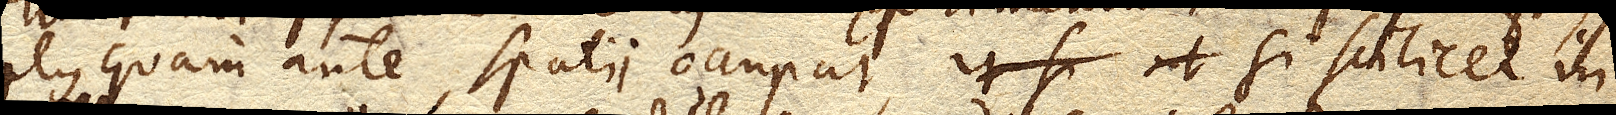
plus quam ante spatii occupat, si scilicet in